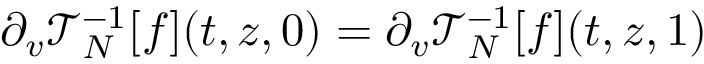
\begin{array} { r } { \partial _ { v } \mathcal { T } _ { N } ^ { - 1 } [ f ] ( t , z , 0 ) = \partial _ { v } \mathcal { T } _ { N } ^ { - 1 } [ f ] ( t , z , 1 ) } \end{array}